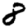
Digit: 8